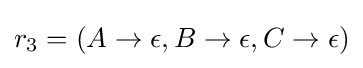
r_{3}=(A\to \epsilon ,B\to \epsilon ,C\to \epsilon )